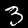
Digit: 3